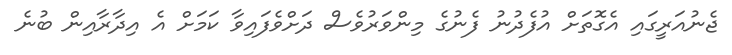
ޖެނުއަރީގައި އެގޮތަށް އުފެދުނު ފެނުގެ މިންވަރުވެސް ދަށްވެފައިވާ ކަމަށް އެ އިދާރާއިން ބުނެ